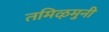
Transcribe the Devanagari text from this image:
तमिऴमुनी